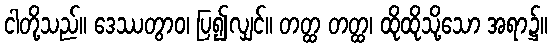
ငါတို့သည်။ ဒေဿတွာဝ၊ ပြ၍လျှင်။ တတ္ထ တတ္ထ၊ ထိုထိုသို့သော အရာ၌။